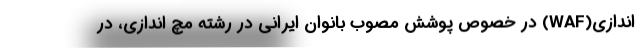
اندازی(WAF) در خصوص پوشش مصوب بانوان ایرانی در رشته مچ اندازی، در